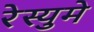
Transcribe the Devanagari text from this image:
रेस्युमे